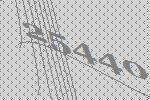
25440